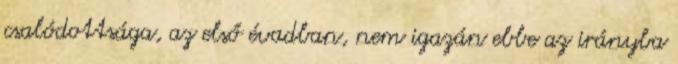
csalódottsága, az első évadban, nem igazán ebbe az irányba